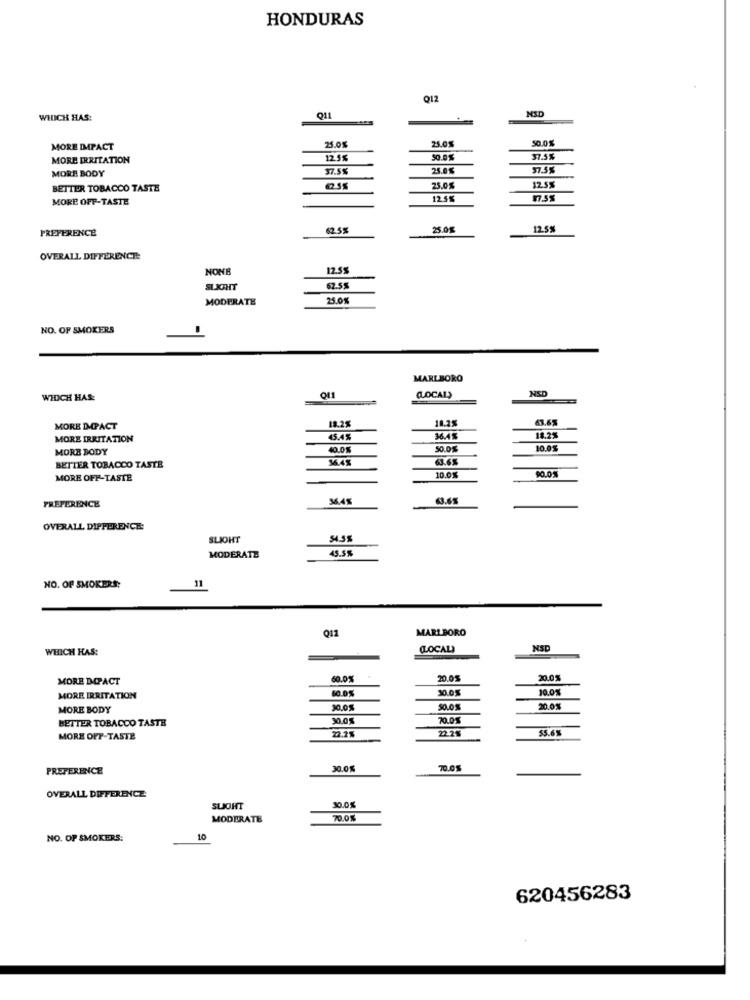
HONDURAS
012
NSD
WEDICH HAS:
Q11
25.0%
25.0%
50.0%
MORE IMPACT
MORE IRRITATION
12.5%
50.0%
37.5%
MORE BODY
37.5%
25.0%
57.5%
BETTER TOBACCO TASTE
25.05
12.5%
MORE OFF-TASTE
12.5%
17.5$
PREFERENCE
6255
25.05
12.5%
OVERALL DIFFERENCE
NONE
12.5%
SLICHT
62.55
MODERATE
25.0%
NO. OF SMOKERS
MARLBORO
NSD
WHICH HAS:
(LOCAL)
18.2%
63.65
MORE DOPACT
18.2%
MORE IRRITATION
45.4%
36.45
18.25
MORE BODY
40.0%
50.0%
10.05
63.6%
BETTER TOBACCO TASTE
MORE OFF-TASTE
10.0%
90.0%
3645
FREFERENCE
OVERALL DIFFERENCE:
SLIOHT
54.58
45.55
MODERATE
11
NO. OF SMOKERS;
Q12
MARLBORO
WHICH HAS:
(LOCAL)
NSD
MORE DCPACT
60.0%
20.0%
20.05
60.0%
30.0%
10.05
MORE IRRITATION
MORE BODY
30,0%
50.0%
20.0
BETTER TOBACCO TASTE
30.0%
70.0%
22.21
22.2%
53.6
MORE OFT-TASTE
PREFERENCE
30.0%
70.0%
OVERALL DIFFERENCE
SLIGHT
30.0%
MODERATE
70.0%
NO. OF SMOKERS:
10
620456283